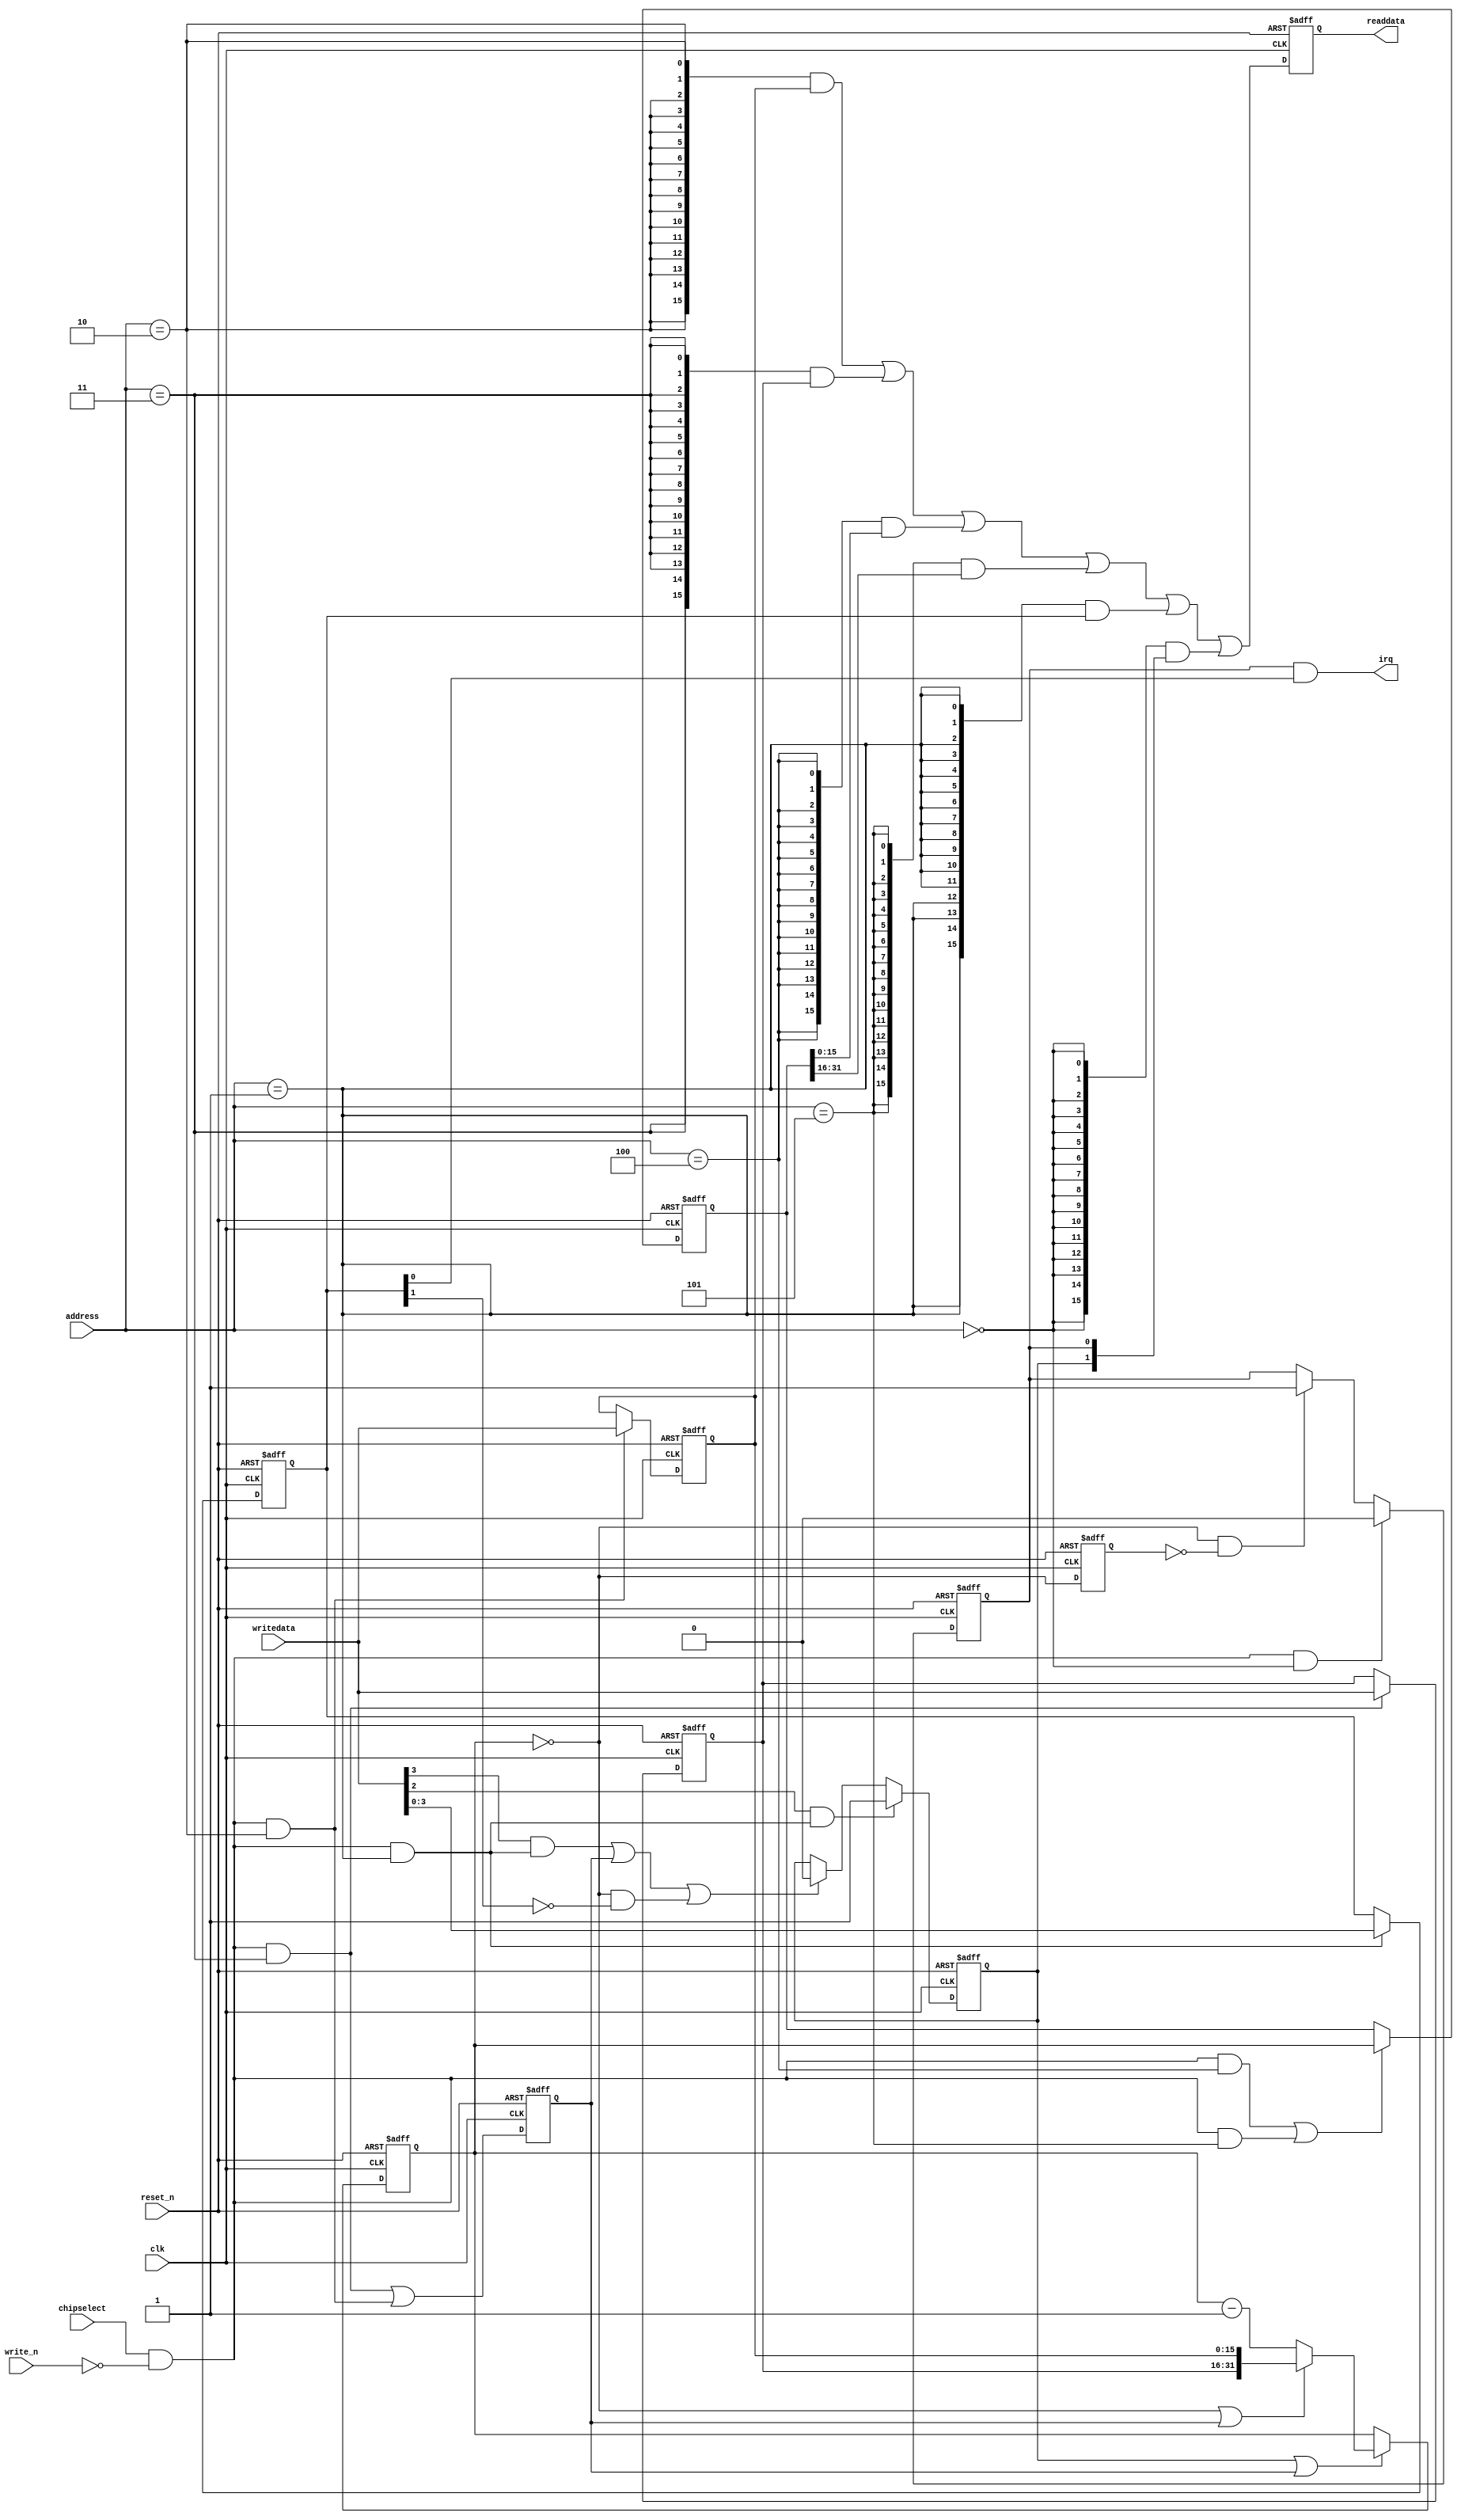
module soc_system_timer_cpu_s0 (
                                 // inputs:
                                  address,
                                  chipselect,
                                  clk,
                                  reset_n,
                                  write_n,
                                  writedata,

                                 // outputs:
                                  irq,
                                  readdata
                               )
;

  output           irq;
  output  [ 15: 0] readdata;
  input   [  2: 0] address;
  input            chipselect;
  input            clk;
  input            reset_n;
  input            write_n;
  input   [ 15: 0] writedata;

  wire             clk_en;
  wire             control_continuous;
  wire             control_interrupt_enable;
  reg     [  3: 0] control_register;
  wire             control_wr_strobe;
  reg              counter_is_running;
  wire             counter_is_zero;
  wire    [ 31: 0] counter_load_value;
  reg     [ 31: 0] counter_snapshot;
  reg              delayed_unxcounter_is_zeroxx0;
  wire             do_start_counter;
  wire             do_stop_counter;
  reg              force_reload;
  reg     [ 31: 0] internal_counter;
  wire             irq;
  reg     [ 15: 0] period_h_register;
  wire             period_h_wr_strobe;
  reg     [ 15: 0] period_l_register;
  wire             period_l_wr_strobe;
  wire    [ 15: 0] read_mux_out;
  reg     [ 15: 0] readdata;
  wire             snap_h_wr_strobe;
  wire             snap_l_wr_strobe;
  wire    [ 31: 0] snap_read_value;
  wire             snap_strobe;
  wire             start_strobe;
  wire             status_wr_strobe;
  wire             stop_strobe;
  wire             timeout_event;
  reg              timeout_occurred;
  assign clk_en = 1;
  always @(posedge clk or negedge reset_n)
    begin
      if (reset_n == 0)
          internal_counter <= 32'h3D08F;
      else if (counter_is_running || force_reload)
          if (counter_is_zero    || force_reload)
              internal_counter <= counter_load_value;
          else 
            internal_counter <= internal_counter - 1;
    end


  assign counter_is_zero = internal_counter == 0;
  assign counter_load_value = {period_h_register,
    period_l_register};

  always @(posedge clk or negedge reset_n)
    begin
      if (reset_n == 0)
          force_reload <= 0;
      else if (clk_en)
          force_reload <= period_h_wr_strobe || period_l_wr_strobe;
    end


  assign do_start_counter = start_strobe;
  assign do_stop_counter = (stop_strobe                            ) ||
    (force_reload                           ) ||
    (counter_is_zero && ~control_continuous );

  always @(posedge clk or negedge reset_n)
    begin
      if (reset_n == 0)
          counter_is_running <= 1'b0;
      else if (clk_en)
          if (do_start_counter)
              counter_is_running <= -1;
          else if (do_stop_counter)
              counter_is_running <= 0;
    end


  //delayed_unxcounter_is_zeroxx0, which is an e_register
  always @(posedge clk or negedge reset_n)
    begin
      if (reset_n == 0)
          delayed_unxcounter_is_zeroxx0 <= 0;
      else if (clk_en)
          delayed_unxcounter_is_zeroxx0 <= counter_is_zero;
    end


  assign timeout_event = (counter_is_zero) & ~(delayed_unxcounter_is_zeroxx0);
  always @(posedge clk or negedge reset_n)
    begin
      if (reset_n == 0)
          timeout_occurred <= 0;
      else if (clk_en)
          if (status_wr_strobe)
              timeout_occurred <= 0;
          else if (timeout_event)
              timeout_occurred <= -1;
    end


  assign irq = timeout_occurred && control_interrupt_enable;
  //s1, which is an e_avalon_slave
  assign read_mux_out = ({16 {(address == 2)}} & period_l_register) |
    ({16 {(address == 3)}} & period_h_register) |
    ({16 {(address == 4)}} & snap_read_value[15 : 0]) |
    ({16 {(address == 5)}} & snap_read_value[31 : 16]) |
    ({16 {(address == 1)}} & control_register) |
    ({16 {(address == 0)}} & {counter_is_running,
    timeout_occurred});

  always @(posedge clk or negedge reset_n)
    begin
      if (reset_n == 0)
          readdata <= 0;
      else if (clk_en)
          readdata <= read_mux_out;
    end


  assign period_l_wr_strobe = chipselect && ~write_n && (address == 2);
  assign period_h_wr_strobe = chipselect && ~write_n && (address == 3);
  always @(posedge clk or negedge reset_n)
    begin
      if (reset_n == 0)
          period_l_register <= 53391;
      else if (period_l_wr_strobe)
          period_l_register <= writedata;
    end


  always @(posedge clk or negedge reset_n)
    begin
      if (reset_n == 0)
          period_h_register <= 3;
      else if (period_h_wr_strobe)
          period_h_register <= writedata;
    end


  assign snap_l_wr_strobe = chipselect && ~write_n && (address == 4);
  assign snap_h_wr_strobe = chipselect && ~write_n && (address == 5);
  assign snap_strobe = snap_l_wr_strobe || snap_h_wr_strobe;
  always @(posedge clk or negedge reset_n)
    begin
      if (reset_n == 0)
          counter_snapshot <= 0;
      else if (snap_strobe)
          counter_snapshot <= internal_counter;
    end


  assign snap_read_value = counter_snapshot;
  assign control_wr_strobe = chipselect && ~write_n && (address == 1);
  always @(posedge clk or negedge reset_n)
    begin
      if (reset_n == 0)
          control_register <= 0;
      else if (control_wr_strobe)
          control_register <= writedata[3 : 0];
    end


  assign stop_strobe = writedata[3] && control_wr_strobe;
  assign start_strobe = writedata[2] && control_wr_strobe;
  assign control_continuous = control_register[1];
  assign control_interrupt_enable = control_register[0];
  assign status_wr_strobe = chipselect && ~write_n && (address == 0);

endmodule